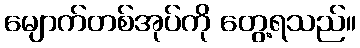
မျောက်တစ်အုပ်ကို တွေ့ရသည်။